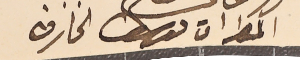
المطران ىوسف الخازن